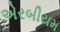
એરબીયમ